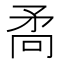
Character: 𭿷